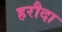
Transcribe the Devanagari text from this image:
हरौदा